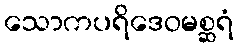
သောကပရိဒေဝမစ္ဆရံ